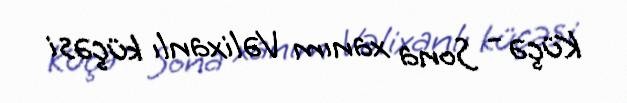
Küçə - Sona xanım Vəlixanlı küçəsi